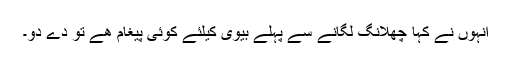
انہوں نے کہا چھلانگ لگانے سے پہلے بیوی کیلئے کوئی پیغام ھے تو دے دو۔